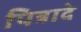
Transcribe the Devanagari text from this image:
पित्रादे